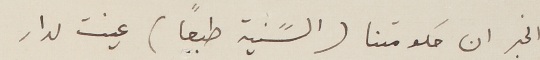
الخبر ان حكومتنا (السًنية طبعاً) عينت لدار